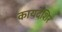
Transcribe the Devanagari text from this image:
कायदेशिर